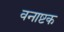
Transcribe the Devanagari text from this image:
वनाष्टक